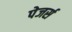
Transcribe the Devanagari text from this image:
पेजर्स